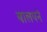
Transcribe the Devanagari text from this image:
बालपने